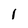
Character: l